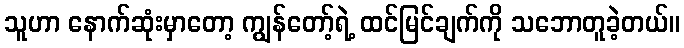
သူဟာ နောက်ဆုံးမှာတော့ ကျွန်တော့်ရဲ့ ထင်မြင်ချက်ကို သဘောတူခဲ့တယ်။